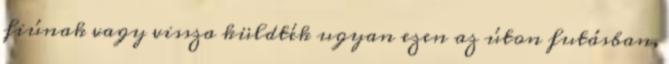
fiúnak vagy vissza küldték ugyan ezen az úton futásban,